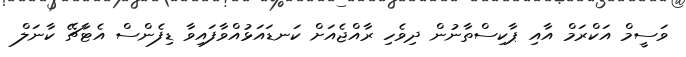
ވަސީމް އަކްރަމް އާއި ޕާކިސްތާނުން ދިވެހި ރާއްޖެއަށް ކަނޑައަޅުއްވާފައިވާ ޑިފެންސް އެޓާޗޭ ކާނަލް